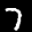
Label: 7